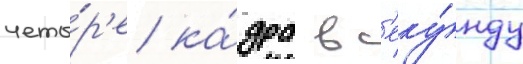
четы́р'е ка́дра в с'еку́нду